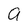
Character: a